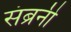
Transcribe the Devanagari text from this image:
संब्रनी